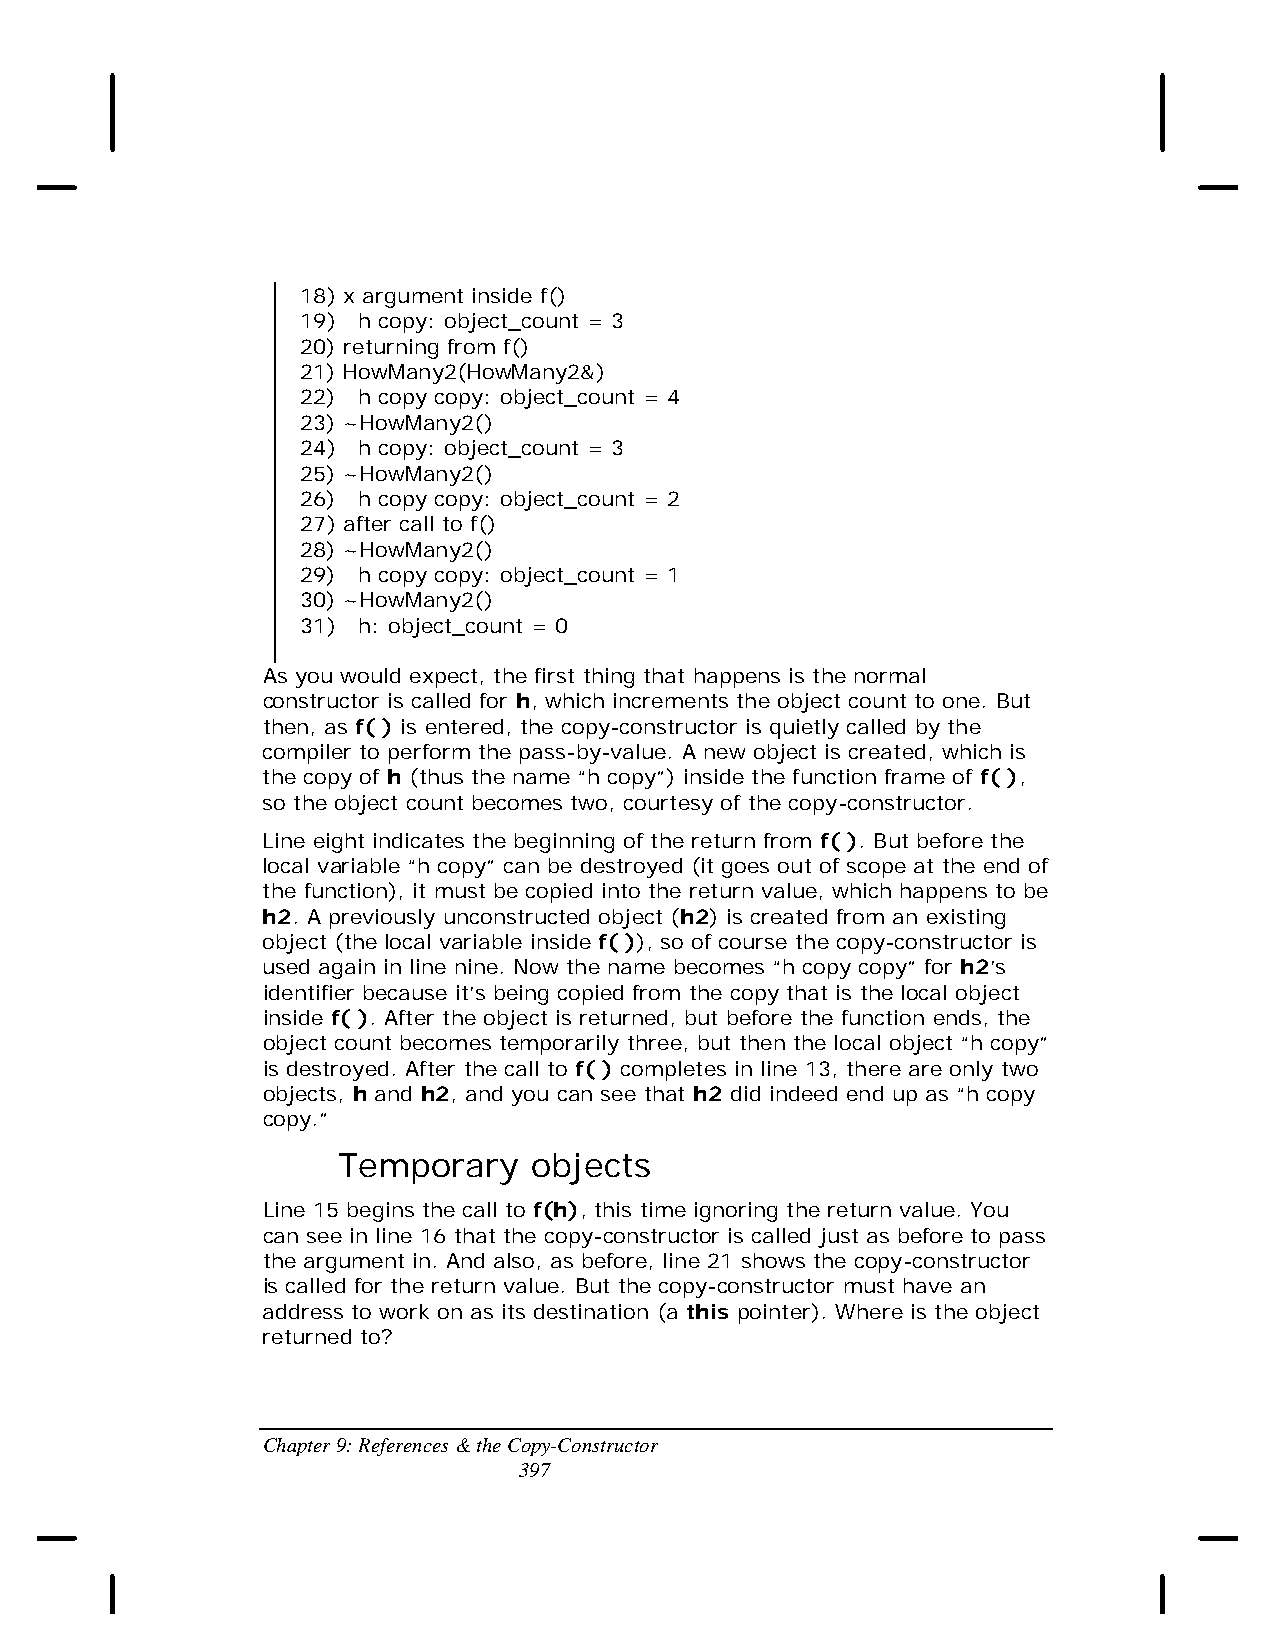
18) x argument inside f()
 19) h copy: object_count = 3
 20) returning from f()
 21) HowMany2(HowMany2&)
 22) h copy copy: object_count = 4
 23) ~HowMany2()
 24) h copy: object_count = 3
 25) ~HowMany2()
 26) h copy copy: object_count = 2
 27) after call to f()
 28) ~HowMany2()
 29) h copy copy: object_count = 1
 30) ~HowMany2()
 31) h: object_count = 0
 As you would expect, the first thing that happens is the normal
 constructor is called for h, which increments the object count to one. But
 then, as f( ) is entered, the copy-constructor is quietly called by the
 compiler to perform the pass-by-value. A new object is created, which is
 the copy of h (thus the name “h copy”) inside the function frame of f( ),
 so the object count becomes two, courtesy of the copy-constructor.
 Line eight indicates the beginning of the return from f( ). But before the
 local variable “h copy” can be destroyed (it goes out of scope at the end of
 the function), it must be copied into the return value, which happens to be
 h2. A previously unconstructed object (h2) is created from an existing
 object (the local variable inside f( )), so of course the copy-constructor is
 used again in line nine. Now the name becomes “h copy copy” for h2’s
 identifier because it’s being copied from the copy that is the local object
 inside f( ). After the object is returned, but before the function ends, the
 object count becomes temporarily three, but then the local object “h copy”
 is destroyed. After the call to f( ) completes in line 13, there are only two
 objects, h and h2, and you can see that h2 did indeed end up as “h copy
 copy.”
 Temporary    objects
 Line 15 begins the call to f(h), this time ignoring the return value. You
 can see in line 16 that the copy-constructor is called just as before to pass
 the argument in. And also, as before, line 21 shows the copy-constructor
 is called for the return value. But the copy-constructor must have an
 address to work on as its destination (a this pointer). Where is the object
 returned to?
 Chapter 9: References & the Copy-Constructor
 397